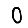
Digit: 0